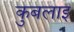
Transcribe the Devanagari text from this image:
कुबलाइ